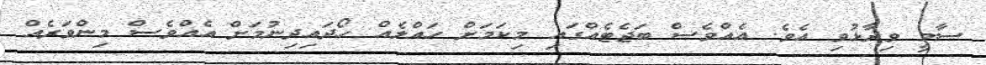
ސާމީ ވިދާޅުވި އެވެ. އެއްވެސް ބަޖެޓެއްގައި މިކަމަށް ހައްލެއް ހޯދައިދިނުމަށް އެއްވެސް މިންވަރެއް